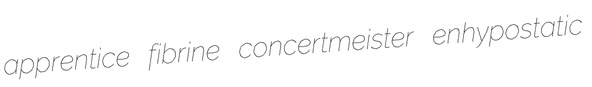
apprentice fibrine concertmeister enhypostatic